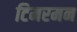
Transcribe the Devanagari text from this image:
टिमरमन